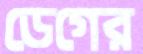
ডেগের